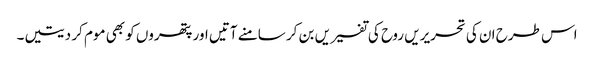
اس طرح ان کی تحریریں روح کی تفسیریں بن کر سامنے آتیں اور پتھروں کو بھی موم کر دیتیں۔